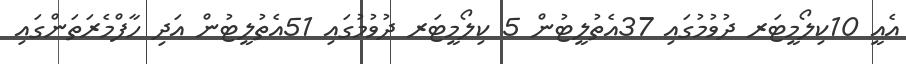
އެއީ 10ކިލޯމީޓަރ ދުވުމުގައި 37އެތުލީޓުން 5 ކިލޯމީޓަރ ދުވުމުގައި 51އެތުލީޓުން އަދި ހާފްމެރަތަންގައި